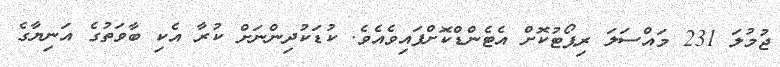
ޖުމުލަ 231 މައްސަލަ ރިޕޯޓުކޮށް އެޓެންޑްކޮށްފައިވެއެވެ. ކުޑަކުދިންނަށް ކުރާ އެކި ބާވަތުގެ އަނިޔާގެ